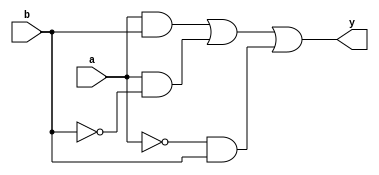
module combinational_logic(
    input wire a,         // Input a
    input wire b,         // Input b
    output wire y         // Output y
);

// Define the logic function using case statements
// m0 and m3 are defined outputs, m1, m2 are don't care conditions
assign y = (a && b) ||        // Output is 1 for a=1, b=1 (m3)
           (a && ~b) ||       // Output is 1 for a=1, b=0 (m1: Don't Care)
           (~a && b);         // Output is 1 for a=0, b=1 (m2: Don't Care)
           
endmodule